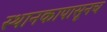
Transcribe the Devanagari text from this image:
स्थानकापासूनच